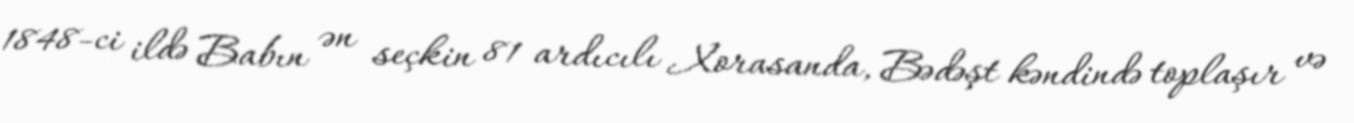
1848-ci ildə Babın ən seçkin 81 ardıcılı Xorasanda, Bədəşt kəndində toplaşır və